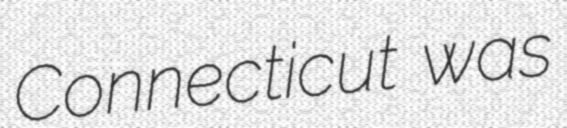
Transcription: Connecticut was